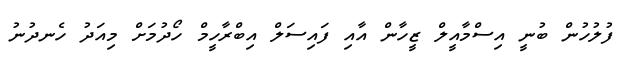
ފުލުހުން ބުނީ އިސްމާއީލް ޒީހާން އާއި ފައިސަލް އިބްރާހީމް ހޯދުމަށް މިއަދު ހެނދުނު